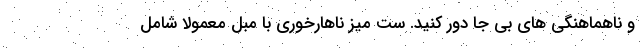
و ناهماهنگی های بی جا دور کنید. ست میز ناهارخوری با مبل معمولا شامل